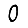
Digit: 0